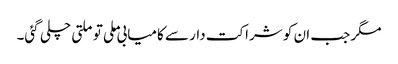
مگر جب ان کو شراکت دار سے کامیابی ملی تو ملتی چلی گئی۔